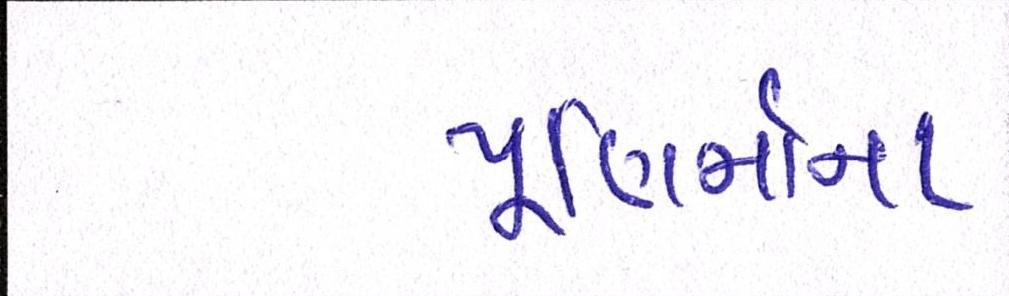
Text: પૂણિર્માના